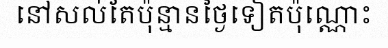
នៅសល់តែប៉ុន្មានថ្ងៃទៀតប៉ុណ្ណោះ